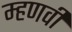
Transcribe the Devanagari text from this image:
म्हणवी